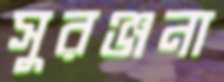
সুরঞ্জনা